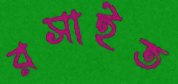
রসাইত